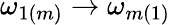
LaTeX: \omega_{1(m)}\to\omega_{m(1)}